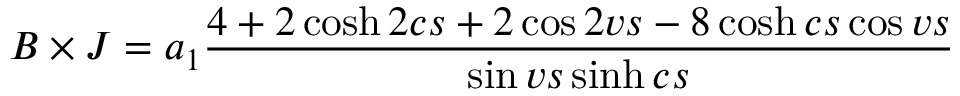
B \times J = a _ { 1 } \frac { 4 + 2 \cosh 2 c s + 2 \cos 2 v s - 8 \cosh c s \cos v s } { \sin v s \sinh c s }